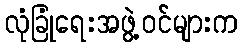
လုံခြုံရေးအဖွဲ့ဝင်များက